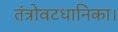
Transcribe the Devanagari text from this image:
तंत्रोवटधानिका।